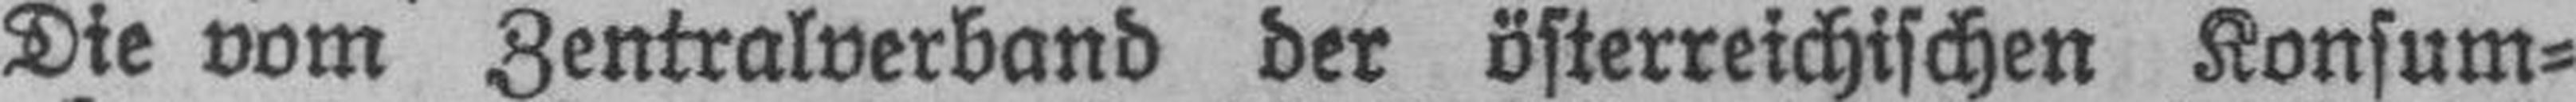
Die vom Zentralverband der österreichischen Konsum¬